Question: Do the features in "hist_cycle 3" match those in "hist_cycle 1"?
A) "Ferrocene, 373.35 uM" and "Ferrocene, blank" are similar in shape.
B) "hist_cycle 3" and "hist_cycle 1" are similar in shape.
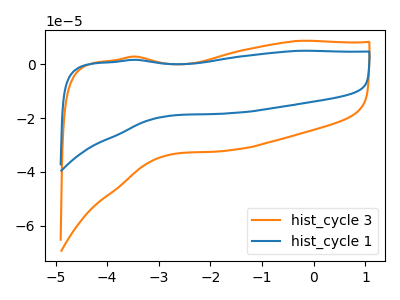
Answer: <think>The orange curve "hist_cycle 3" has no peaks. The blue curve "hist_cycle 1" has no peaks.
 Neither "hist_cycle 3" or "hist_cycle 1" have any peaks.</think>
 <answer>B) "hist_cycle 3" and "hist_cycle 1" are similar in shape.</answer>
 <eval>B</eval>